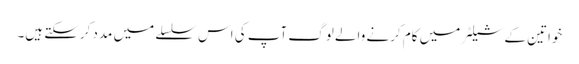
خواتین کے شیلٹر میں کام کرنے والے لوگ آپ کی اس سلسلے میں مدد کرسکتے ہیں۔